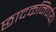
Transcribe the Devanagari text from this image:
छादकनिर्णय।